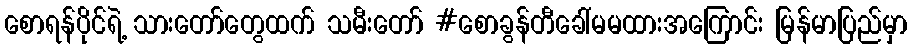
စောရန်ပိုင်ရဲ့ သားတော်တွေထက် သမီးတော် #စောခွန်တီခေါ်မမထားအကြောင်း မြန်မာပြည်မှာ